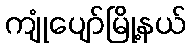
ကျုံပျော်မြို့နယ်